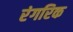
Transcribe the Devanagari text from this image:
रंगरिक